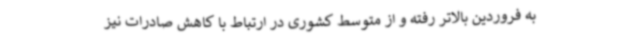
به فروردین بالاتر رفته و از متوسط کشوری در ارتباط با کاهش صادرات نیز